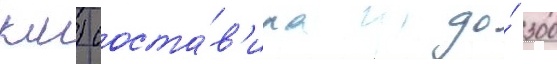
км) соста́в'ила до́ 300